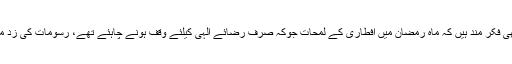
ان بڑ ھتے ہوئے رسومات کے حوالے سے علماء بھی فکر مند ہیں کہ ماہ رمضان میں افطاری کے لمحات جوکہ صرف رضائے الٰہی کیلئے وقف ہونے چاہئے تھے، رسومات کی زد میں آکر اس کی روحانی حس کو پامال کر رہے ہیں ۔